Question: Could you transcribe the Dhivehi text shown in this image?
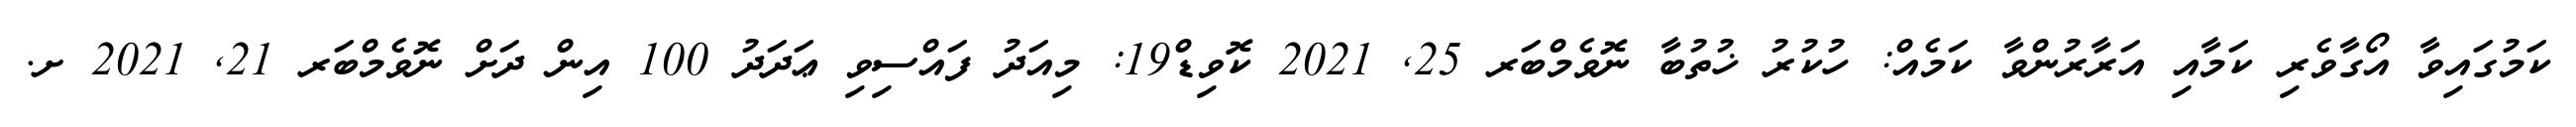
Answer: ކަމުގައިވާ އޯގާވެރި ކަމާއި އަރާރުންވާ ކަމެއް: ހުކުރު ޚުތުބާ ނޮވެމްބަރ 25, 2021 ކޮވިޑް19: މިއަދު ފައްސިވި ޢަދަދު 100 އިން ދަށް ނޮވެމްބަރ 21, 2021 ށ.